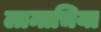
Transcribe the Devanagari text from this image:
लामाचिया